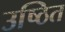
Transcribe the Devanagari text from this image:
उष्ठित